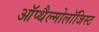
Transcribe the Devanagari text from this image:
ऑप्थैल्मोलॉजिस्ट